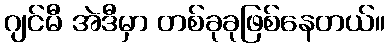
ဂျင်မီ အဲဒီမှာ တစ်ခုခုဖြစ်နေတယ်။